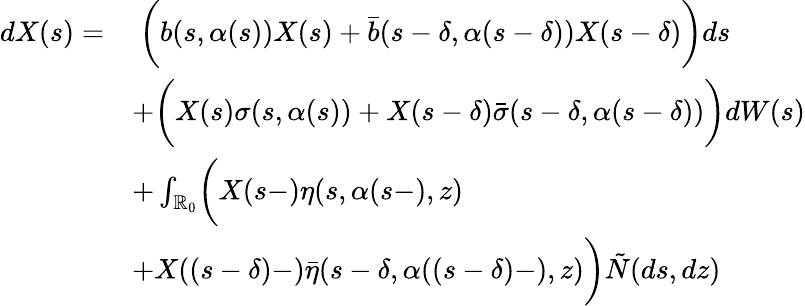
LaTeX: \begin{array}{rl}{dX(s)=}&{\ \biggl(b(s,\alpha(s))X(s)+\bar{b}(s-\delta,\alpha(s-\delta))X(s-\delta)\biggr)ds}\\ &{+\biggl(X(s)\sigma(s,\alpha(s))+X(s-\delta)\bar{\sigma}(s-\delta,\alpha(s-\delta))\biggr)dW(s)}\\ &{+\int_{\mathbb{R}_{0}}\biggl(X(s-)\eta(s,\alpha(s-),z)}\\ &{+X((s-\delta)-)\bar{\eta}(s-\delta,\alpha((s-\delta)-),z)\biggr)\tilde{N}(ds,dz)}\end{array}